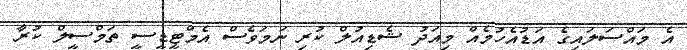
އެ މައްސަލައިގެ އަޑުއެހުމެއް މިއަދު ޝެޑިއުލް ކުރި ނަމަވެސް އެމްޓީޑީސީ ތަމްސީލް ކުރާ